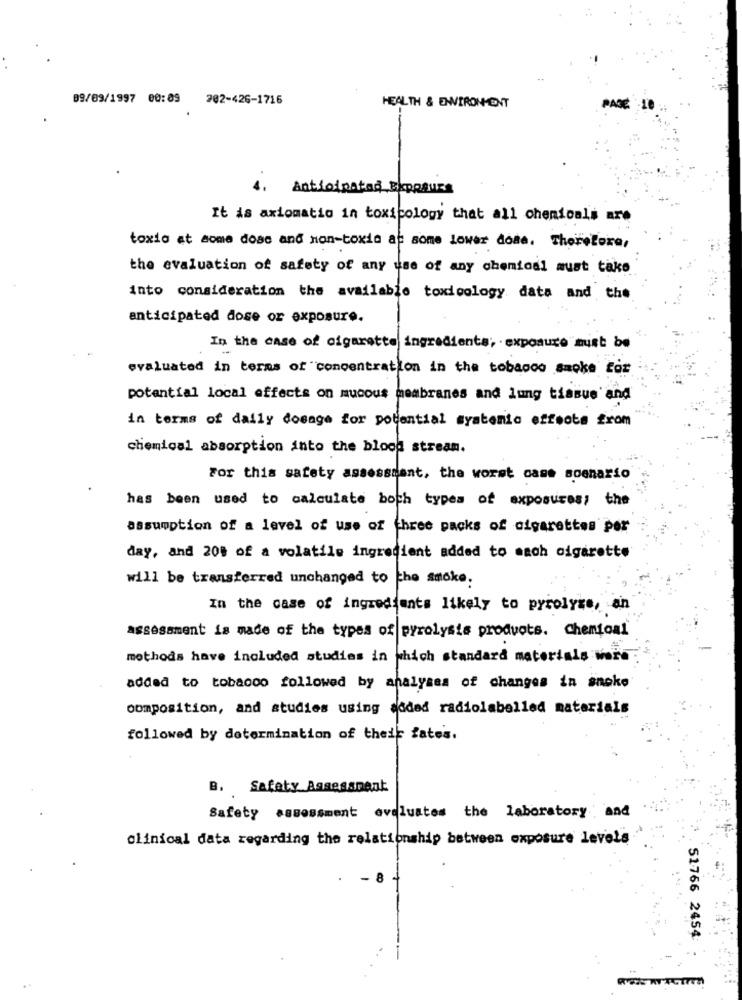
89/09/1997 00:09 202-426-1716
HEALTH & ENVIRONMENT
PAGE
Anticipated EXPOSURE
It is axiomatio in toxicology that all chemicals are
toxio at some dosc and non-toxic at some lower dome. Therefore,
the evaluation of safety of any use of any chemical must take
into consideration the available toxicology data and the
anticipated dose or exposure.
In the case of cigarette ingredients; exposure must be
evaluated in terms of concentration in the tobacco smoke for
potential local effects on mucous membranes and lung tissue and
in terms of daily dosage for potential syatomic effects from
chemical absorption into the blood stream.
For this safety assessment, the worst case scenario
has been used to calculate boch types of exposures; the
assumption of a level of use of three packs of cigarettes per
day, and 200 of a volatile ingredient added to each cigarette
will be transferred unchanged to the smoke.
In the case of ingredients likely to pyrolyse, an
assessment is made of the types of pyrolysis products. Chemical
methods have included studies in which standard materials word
added to tobacco followed by analyses of changes in snoke
composition, and studies using added radiolabelled materials
followed by determination of their fates.
B. Safety Assessment
Safety assessment evaluates the laboratory ; and
clinical data regarding the relationship between exposure levels
51766 2454